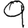
Digit: 9